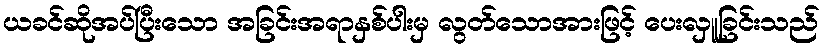
ယခင်ဆိုအပ်ပြီးသော အခြင်းအရာနှစ်ပါးမှ လွတ်သောအားဖြင့် ပေးလှူခြင်းသည်